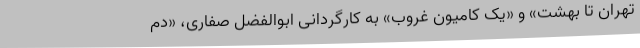
تهران تا بهشت» و «یک کامیون غروب» به كارگردانی ابوالفضل صفاری، «دم